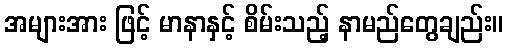
အများအား ဖြင့် မာနာနှင့် စိမ်းသည့် နာမည်တွေချည်း။